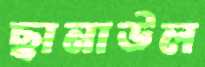
ছানাউল